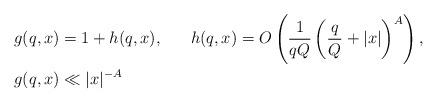
LaTeX: \begin{align*}g(q,x) &=1+h(q,x),\;\;\;\;\;\;h(q,x)=O\left(\frac{1}{qQ}\left(\frac{q}{Q}+|x|\right)^A\right),\\ g(q,x)&\ll |x|^{-A}\end{align*}